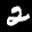
Label: 2